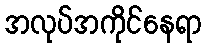
အလုပ်အကိုင်နေရာ